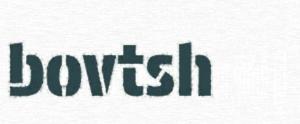
bovtsh